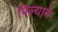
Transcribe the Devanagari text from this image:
पिल्याने